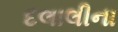
દલાલીના